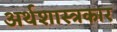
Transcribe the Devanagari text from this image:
अर्थशास्त्रकार